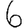
Digit: 6